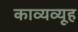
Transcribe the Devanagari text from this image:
काव्यव्यूह